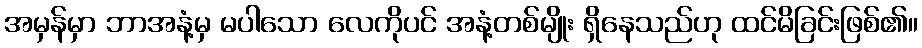
အမှန်မှာ ဘာအနံ့မှ မပါသော လေကိုပင် အနံ့တစ်မျိုး ရှိနေသည်ဟု ထင်မိခြင်းဖြစ်၏။